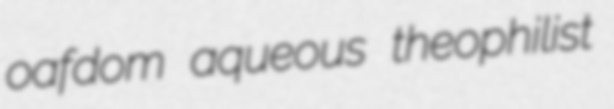
oafdom aqueous theophilist